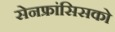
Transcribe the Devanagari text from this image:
सेनफ्रांसिसको